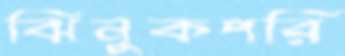
ঝিনুকপরি